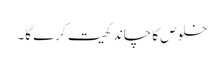
خلوص کا چاند کھیت کرے گا۔